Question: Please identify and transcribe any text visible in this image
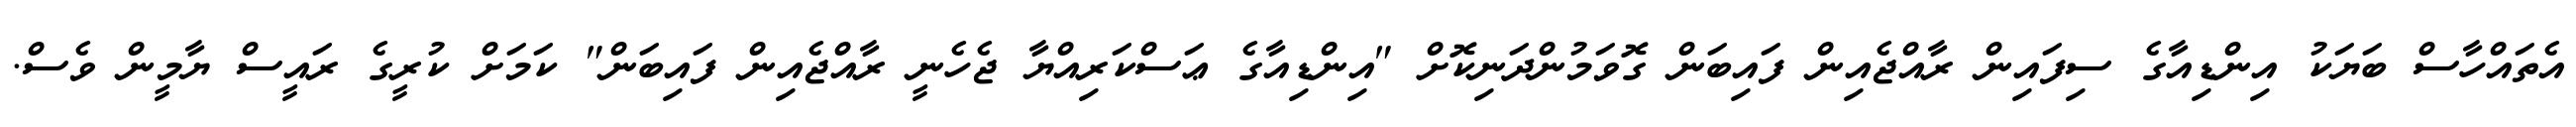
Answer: އެތައްހާސް ބަޔަކު އިންޑިއާގެ ސިފައިން ރާއްޖެއިން ފައިބަން ގޮވަމުންދަނިކޮށް "އިންޑިއާގެ ޢަސްކަރިއްޔާ ޖެހެނީ ރާއްޖެއިން ފައިބަން" ކަމަށް ކުރީގެ ރައީސް ޔާމީން ވެސް.